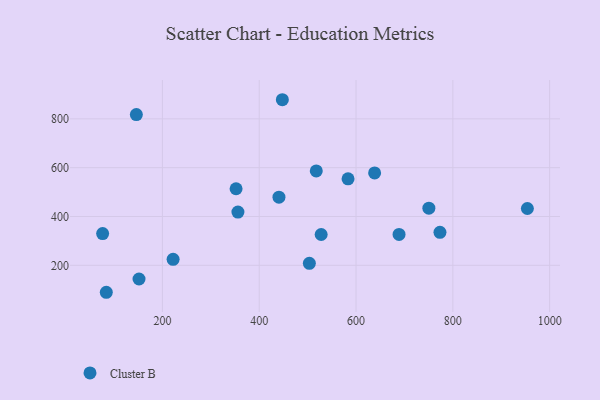
{"axis": {"x": "Study Hours", "y": "Rating"}, "legend": ["Cluster B"], "data": [{"x": "440.8", "y": 479.1, "type": "Cluster B"}, {"x": "750.5", "y": 434.1, "type": "Cluster B"}, {"x": "583.5", "y": 554.4, "type": "Cluster B"}, {"x": "151.7", "y": 143.9, "type": "Cluster B"}, {"x": "146.2", "y": 817.4, "type": "Cluster B"}, {"x": "638.4", "y": 578.4, "type": "Cluster B"}, {"x": "954.0", "y": 432.7, "type": "Cluster B"}, {"x": "517.9", "y": 586.6, "type": "Cluster B"}, {"x": "503.6", "y": 208.2, "type": "Cluster B"}, {"x": "447.8", "y": 878.4, "type": "Cluster B"}, {"x": "352.2", "y": 513.7, "type": "Cluster B"}, {"x": "773.4", "y": 335.2, "type": "Cluster B"}, {"x": "76.5", "y": 329.9, "type": "Cluster B"}, {"x": "84.1", "y": 89.5, "type": "Cluster B"}, {"x": "688.9", "y": 326.5, "type": "Cluster B"}, {"x": "356.0", "y": 418.2, "type": "Cluster B"}, {"x": "528.0", "y": 326.3, "type": "Cluster B"}, {"x": "222.1", "y": 224.5, "type": "Cluster B"}]}